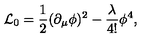
{ \cal L } _ { 0 } = { \frac { 1 } { 2 } } ( \partial _ { \mu } \phi ) ^ { 2 } - { \frac { \lambda } { 4 ! } } \phi ^ { 4 } ,